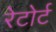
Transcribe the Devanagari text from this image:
रेटोर्ट